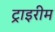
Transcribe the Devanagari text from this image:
ट्राइरीम